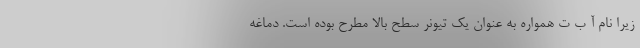
زیرا نام آ ب ت همواره به عنوان یک تیونر سطح بالا مطرح بوده است. دماغه